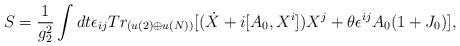
LaTeX: \begin{align*}S=\frac{1}{g^{2}_{2}}\int dt \epsilon_{ij}Tr_{(u(2)\oplus u(N))}\lbrack(\dot{X}+i[A_{0},X^{i}])X^{j}+\theta\epsilon^{ij}A_{0}(1+J_{0})\rbrack,\end{align*}